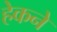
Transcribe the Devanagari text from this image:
हेकने